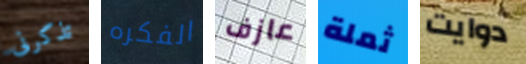
تذكرنى الفكره عازف ثملة دوايت